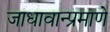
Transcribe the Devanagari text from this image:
जाधावान्प्रमाणे